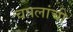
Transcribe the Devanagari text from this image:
चपलांची